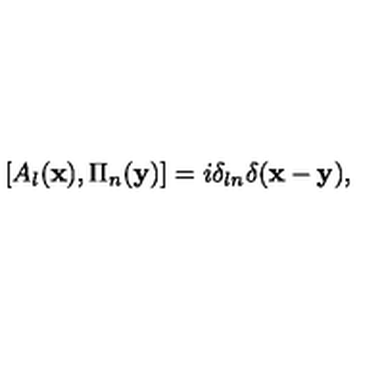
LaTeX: [ A _ { l } ( { \bf x } ) , \Pi _ { n } ( { \bf y } ) ] = i \delta _ { l n } \delta ( { \bf x - y } ) ,